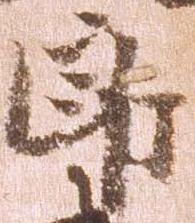
郎